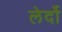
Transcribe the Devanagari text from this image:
लेर्दो